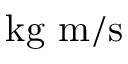
{ \mathrm { k g ~ m } } / { \mathrm { s } }